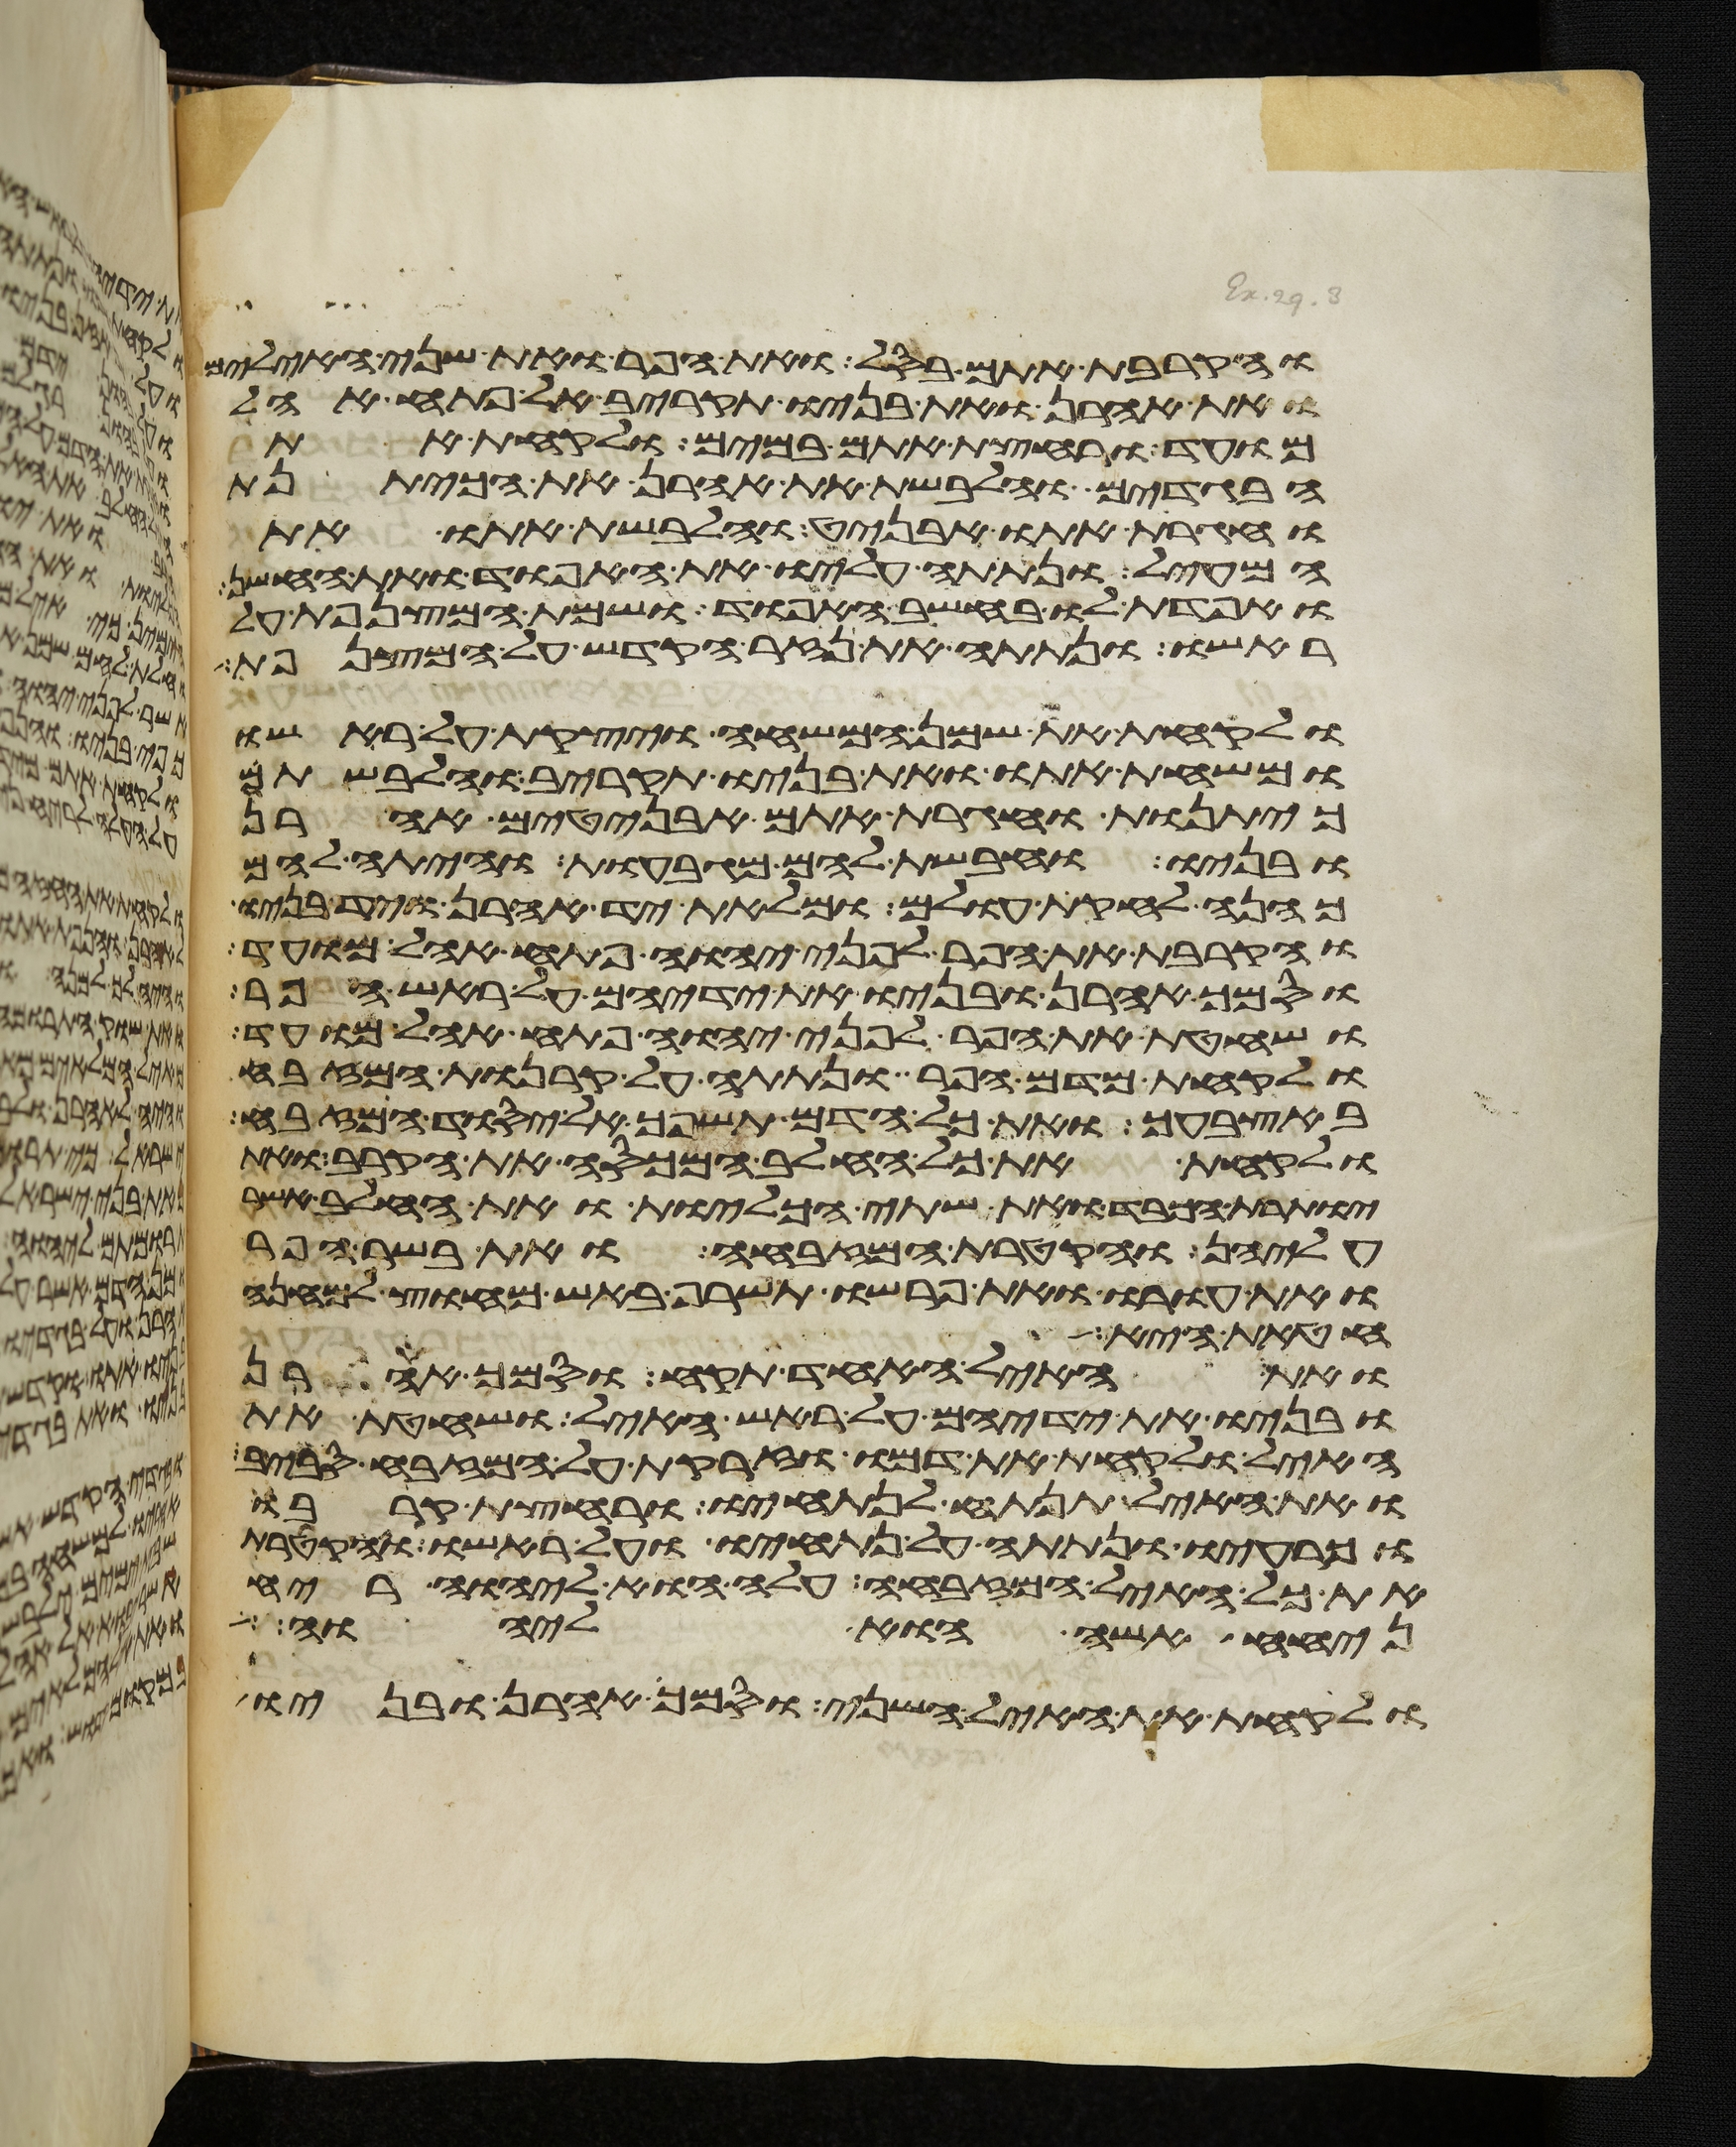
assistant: והקרבת אתם בסל ואת הפר ואת שני האילים
ואת אהרן ואת בניו תקריב אל פתח אהל
מועד ורחצת אתם במים ולקחת את
הבגדים והלבשת את אהרן את הכיתנת
וחגרת אתו אבניט והלבשת אתו את
המעיל ונתתה עליו את האפוד ואת החשן
ואפדת לו בחשב האפוד ושמת המצנפת על
ראשו ונתתה את נזר הקדש על המצנפת
ולקחת את שמן המשחה ויצקת על ראשו
ומשחת אתו ואת בניו תקריב והלבשתם
כיתנות וחגרת אתם אבניטים אהרן
ובניו וחבשת להם מגבעות והיתה להם
כהנה לחקת עולם ומלאת יד אהרן ויד בניו
והקרבת את הפר לפני יהוה פתח אהל מועד
וסמך אהרן ובניו את ידיהם על ראש הפר
ושחטת את הפר לפני יהוה פתח אהל מועד
ולקחת מדם הפר ונתתה על קרנות המזבח
באצבעך ואת כל הדם תשפך אל יסוד המזבח
ולקחת את כל החלב המכסה את הקרב ואת
יותרת הכבד ואת שתי הכליות ואת החלב אשר
עליהן והקטרת המזבחה ואת בשר הפר
ואת עורו ואת פרשו תשרף באש מחוץ למחנה
חטאת היא
ואת האיל האחד תקח וסמך אהרן
ובניו את ידיהם על ראש האיל ושחטת את
האיל ולקחת את דמו וזרקת על המזבח סביב
ואת האיל תנתח לנתחיו ורחצת קרבו
וכרעיו ונתתה על נתחיו ועל ראשו והקטרת
את כל האיל המזבחה עלה הוא ליהוה ריח
ניחח אשה הוא ליהוה
ולקחת את האיל השני וסמך אהרן ובניו